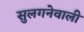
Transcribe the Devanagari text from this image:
सुलगनेवाली